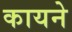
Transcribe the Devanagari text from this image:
कायने